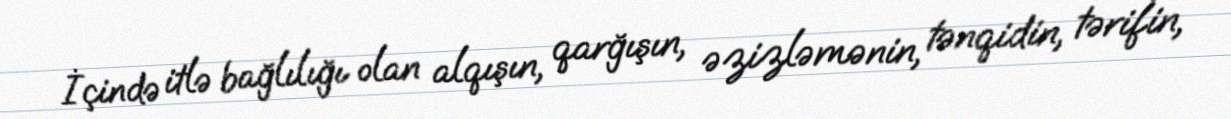
İçində itlə bağlılığı olan alqışın, qarğışın, əzizləmənin, tənqidin, tərifin,